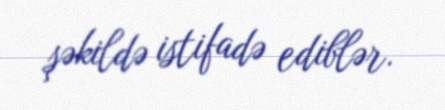
şəkildə istifadə ediblər.